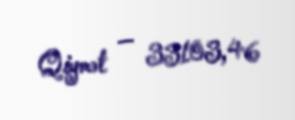
Qiymət — 33103,46